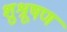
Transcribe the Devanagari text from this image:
शुश्रूषण